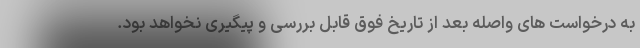
به درخواست های واصله بعد از تاریخ فوق قابل بررسی و پیگیری نخواهد بود.